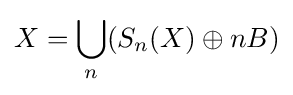
X=\bigcup _{n}(S_{n}(X)\oplus nB)